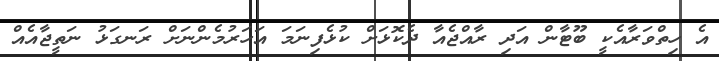
އެ ހިތްވަރާއެކީ ބޫޓާން އަދި ރާއްޖެއާ ދެކޮޅަށް ކުޅެފިނަމަ އަހަރުމެންނަށް ރަނގަޅު ނަތީޖާއެއް